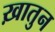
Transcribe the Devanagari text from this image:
ख़ातुन